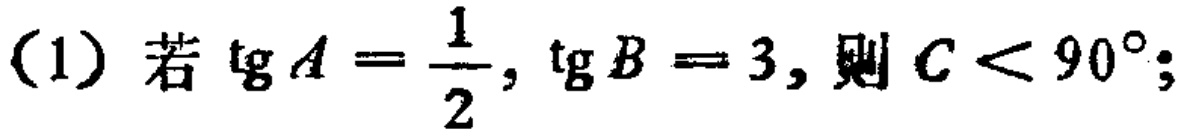
(1) 若\(\tg A = \frac{1}{2}, \tg B = 3\), 则\(C < 90^{\circ}\);